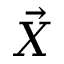
\vec { X }